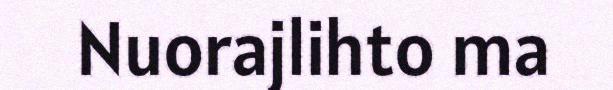
Nuorajlihto ma